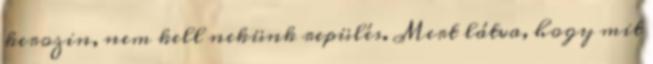
kerozin, nem kell nekünk repülés. Mert látva, hogy mit